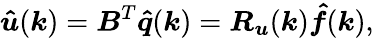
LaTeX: \boldsymbol{\hat{u}}(\boldsymbol{k})=\boldsymbol{B}^{T}\boldsymbol{\hat{q}}(\boldsymbol{k})=\boldsymbol{R_{u}}(\boldsymbol{k})\boldsymbol{\hat{f}}(\boldsymbol{k}),